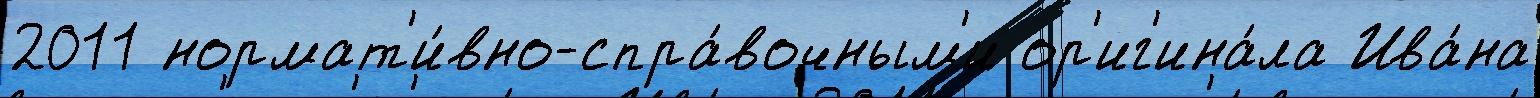
2011 нормат'и́вно-спра́вочным'и ор'иг'ина́ла Ива́на